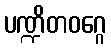
ပဏ္ဍိတဝဂ္ဂေ